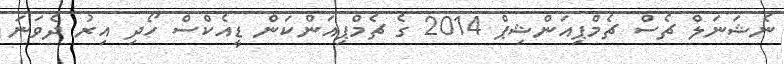
ނެޝަނަލް ޗެސް ޗެމްޕިއަންޝިޕް 2014 ގެ ޗެމްޕިއަންކަން ޑީއެކްސް ހޯދި އިރު ދެވަަނަ